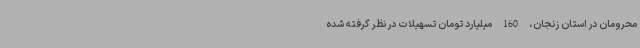
محرومان در استان زنجان، 160 میلیارد تومان تسهیلات در نظر گرفته شده